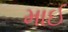
માઈ